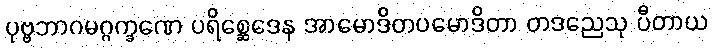
ပုဗ္ဗဘာဂမဂ္ဂက္ခဏေ ပရိစ္ဆေဒေန အာမောဒိတပမောဒိတာ တဒညေသု ပီတာယ